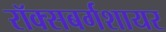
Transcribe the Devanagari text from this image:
रॉक्सबर्गशायर